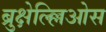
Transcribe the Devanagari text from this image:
ब्रुक्षेल्ल्लिओस